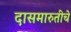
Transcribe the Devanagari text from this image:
दासमारुतीचे